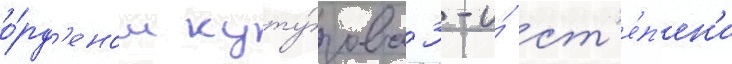
о́рд'еном куту́зова 3-и́ ст'е́п'ен'и